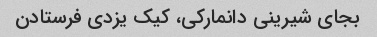
بجای شیرینی دانمارکی، کیک یزدی فرستادن